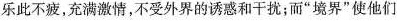
乐此不疲，充满激情，不受外界的诱惑和干扰；而”境界”使他们